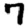
Digit: 7